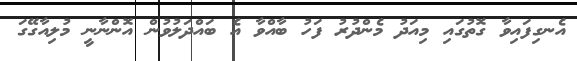
އެނގިފައިވާ ގޮތުގައި މިއަދު މެންދުރު ފަހު ބާއްވާ އެ ބައްދަލުވުން އޮންނާނީ މުލިއާގޭގަ